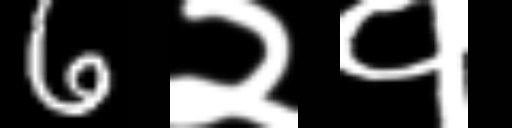
Text: 6२१